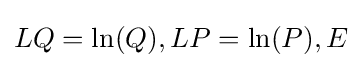
LQ=\ln(Q),LP=\ln(P),E